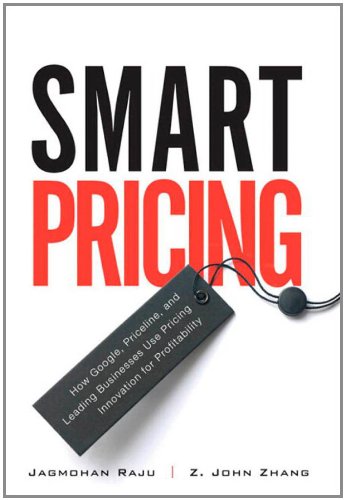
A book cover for Smart Pricing: How Google, Priceline, and Leading Businesses Use Pricing Innovation for Profitability; Jagmohan Raju; Business & Money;